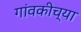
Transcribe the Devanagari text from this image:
गांवकीच्या